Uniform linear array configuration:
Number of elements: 16
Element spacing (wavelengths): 0.75
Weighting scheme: exponential
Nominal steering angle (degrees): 15
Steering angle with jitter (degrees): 16.571
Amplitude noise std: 0.05
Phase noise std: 0.05

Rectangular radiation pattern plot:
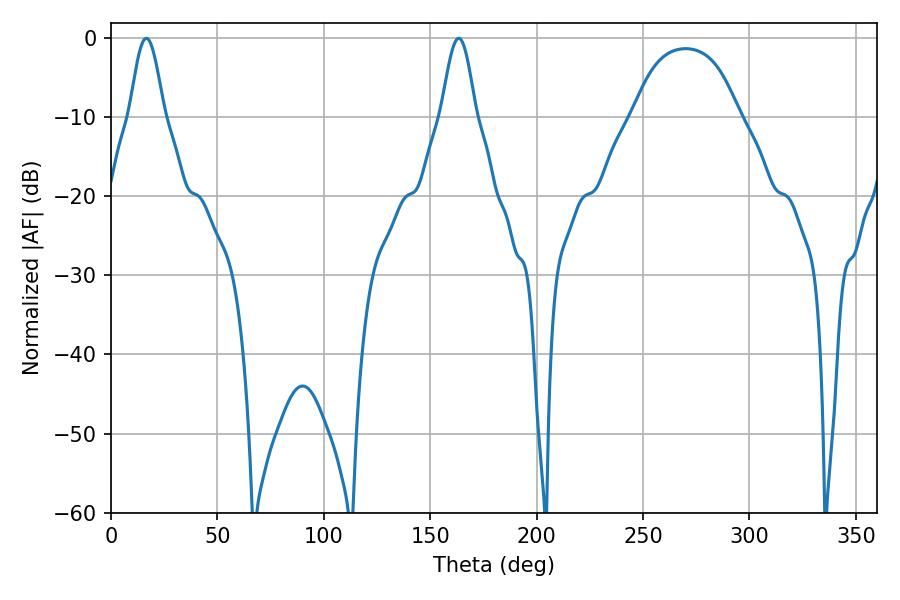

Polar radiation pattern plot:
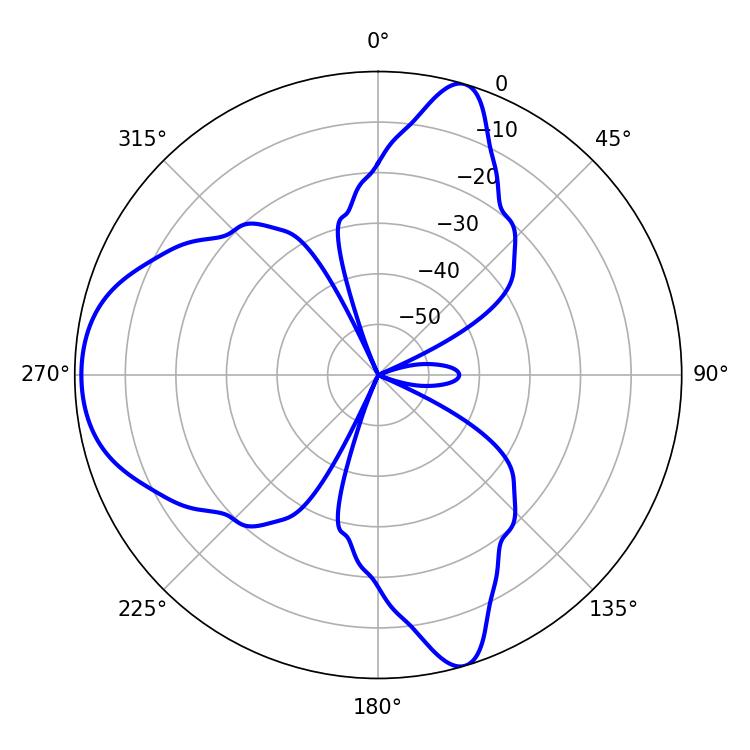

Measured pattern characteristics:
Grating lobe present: TRUE
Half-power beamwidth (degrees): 8.46
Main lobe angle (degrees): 16.56